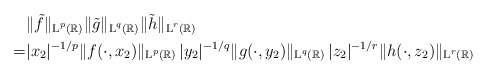
\begin{align*}& \|\tilde{f}\|_{\textup{L}^p(\mathbb{R})}\|\tilde{g}\|_{\textup{L}^q(\mathbb{R})}\|\tilde{h}\|_{\textup{L}^r(\mathbb{R})} \\ = & |x_2|^{-1/p} \|f(\cdot,x_2)\|_{\textup{L}^p(\mathbb{R})}\, |y_2|^{-1/q} \|g(\cdot,y_2)\|_{\textup{L}^q(\mathbb{R})}\, |z_2|^{-1/r} \|h(\cdot,z_2)\|_{\textup{L}^r(\mathbb{R})}\end{align*}